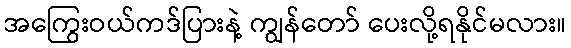
အကြွေးဝယ်ကဒ်ပြားနဲ့ ကျွန်တော် ပေးလို့ရနိုင်မလား။